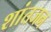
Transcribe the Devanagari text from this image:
शांतजन